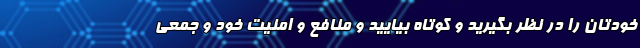
خودتان را در نظر بگیرید و کوتاه بیایید و منافع و امنیت خود و جمعی